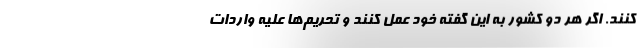
کنند. اگر هر دو کشور به این گفته خود عمل کنند و تحریم‌ها علیه واردات